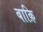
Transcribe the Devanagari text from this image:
बाक़ि